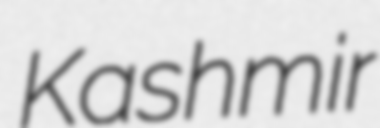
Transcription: Kashmir